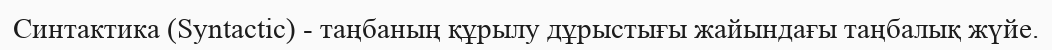
Синтактика (Syntactic) - таңбаның құрылу дұрыстығы жайындағы таңбалық жүйе.